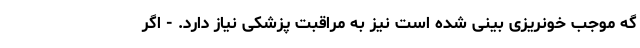
گه موجب خونریزی بینی شده است نیز به مراقبت پزشکی نیاز دارد. - اگر